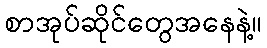
စာအုပ်ဆိုင်တွေအနေနဲ့။